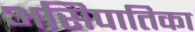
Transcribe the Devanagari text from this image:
असिपातिका